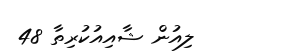
ލިއުން ޝާއިއުކުރިތާ 48